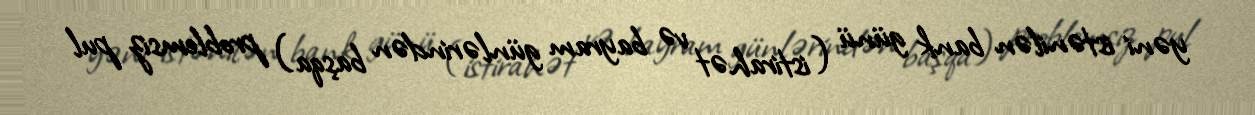
yəni istənilən bank günü (istirahət və bayram günlərindən başqa) problemsiz pul